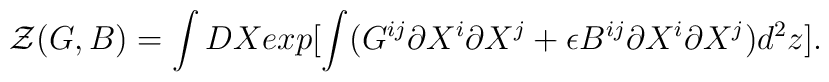
{\cal Z}(G,B)=\int DX exp [\int (G^{ij} \partial X^{i} \partial X^{j} +\epsilon B^{ij} \partial X^{i} \partial X^{j} ) d^{2}z].